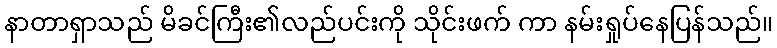
နာတာရှာသည် မိခင်ကြီး၏လည်ပင်းကို သိုင်းဖက် ကာ နမ်းရှုပ်နေပြန်သည်။